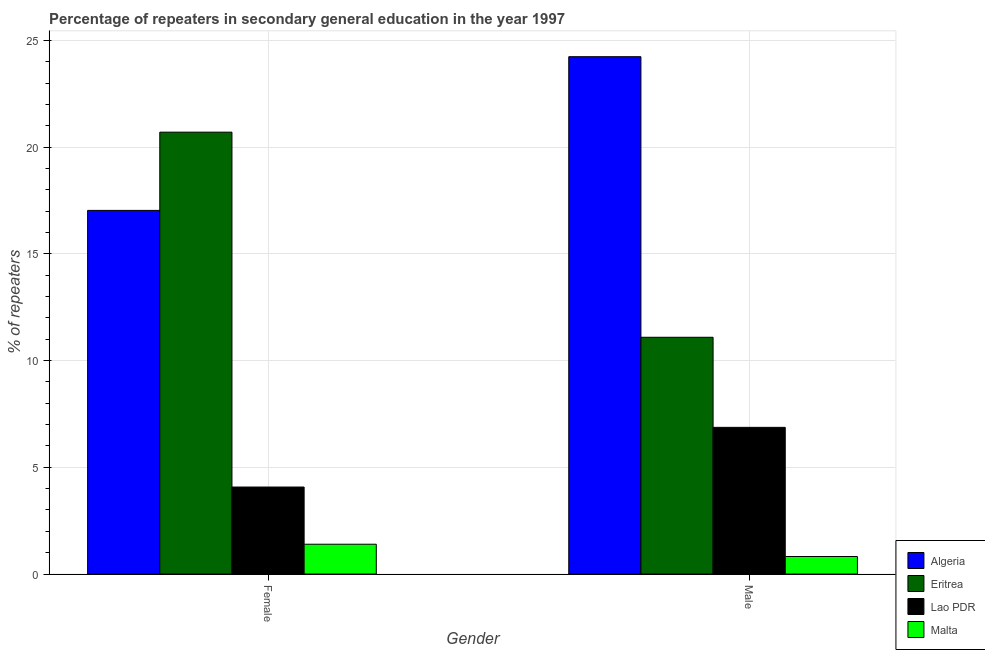
| Gender | Algeria | Eritrea | Lao PDR | Malta |
 | --- | --- | --- | --- | --- |
 | Female | 17 | 20.7 | 4.08 | 1.4 |
 | Male | 24.2 | 11.1 | 6.87 | 0.82 |